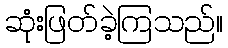
ဆုံးဖြတ်ခဲ့ကြသည်။